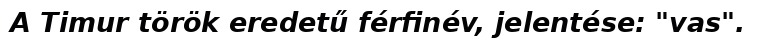
A Timur török eredetű férfinév, jelentése: "vas".